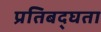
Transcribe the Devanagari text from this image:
प्रतिबद्घता